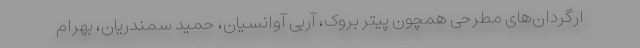
ارگردان‌های مطرحی همچون پیتر بروک، آربی آوانسیان، حمید سمندریان، بهرام